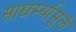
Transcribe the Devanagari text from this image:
साधर्म्यामुळे